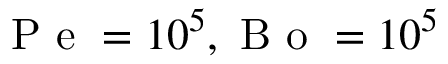
\mathrm { ~ P ~ e ~ } = 1 0 ^ { 5 } , \mathrm { ~ B ~ o ~ } = 1 0 ^ { 5 }